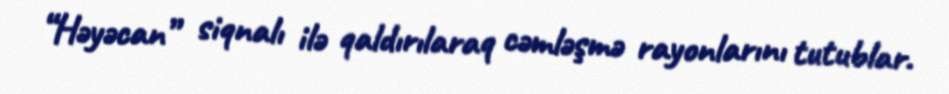
“Həyəcan” siqnalı ilə qaldırılaraq cəmləşmə rayonlarını tutublar.